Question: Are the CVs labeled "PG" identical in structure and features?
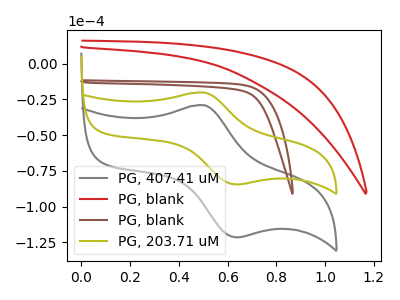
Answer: <think>The gray curve "PG, 407.41 uM" has an anodic peak at (0.50V, -29.15uA) and a cathodic peak at (0.65V, -121.55uA). The red curve "PG, blank" has no peaks. The brown curve "PG, blank" has no peaks. The olive curve "PG, 203.71 uM" has an anodic peak at (0.50V, -20.30uA) and a cathodic peak at (0.65V, -84.55uA).
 "PG, 407.41 uM" and "PG, blank" have a different number of peaks. "PG, 407.41 uM" and "PG, blank" have a different number of peaks. All the peaks in "PG, 407.41 uM" have a peak in "PG, 203.71 uM" at the same potential. Neither "PG, blank" or "PG, blank" have any peaks. "PG, blank" and "PG, 203.71 uM" have a different number of peaks. "PG, blank" and "PG, 203.71 uM" have a different number of peaks.</think>
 <answer>All the CV's of "PG" have similar shape.</answer>
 <eval>follow_rule</eval>